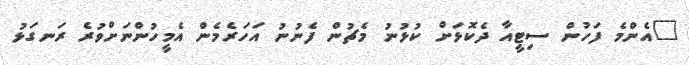
"އެންމެ ފަހުން ސިޓީއާ ދެކޮޅަށް ކުޅުނު މެޗުން ފެނުނު އަހަރެމެން އެމީހުންނަށްވުރެ ރަނގަޅު